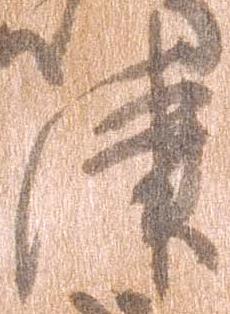
津